Civil Veterinary Department Bihar & Orissa reports 1911-21 - 1911-1921
Year: 1911
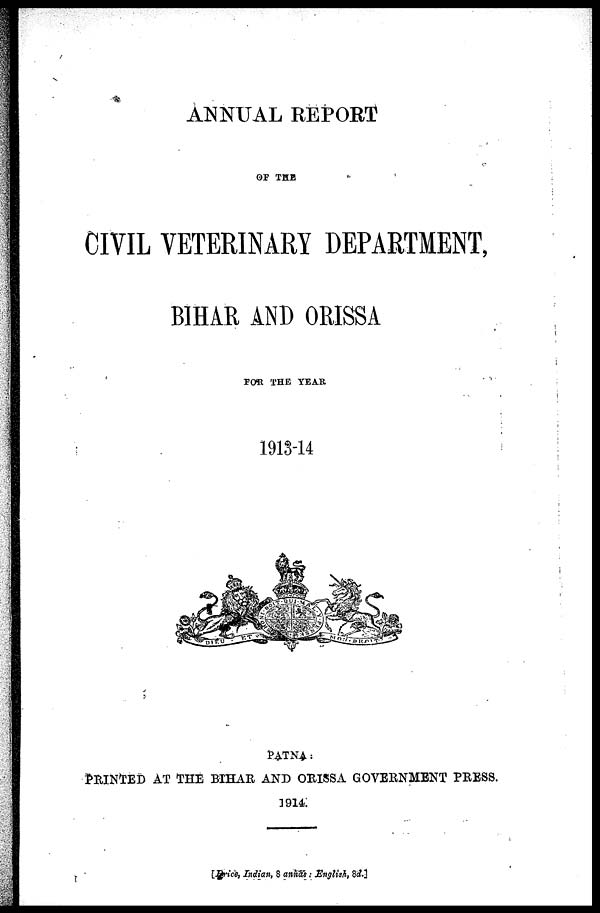
ANNUAL REPORT
OF THE
CIVIL VETERINARY DEPARTMENT,
BIHAR AND ORISSA
FOR THE YEAR
1913-14
PATNA :
PRINTED AT THE BIHAR AND ORISSA GOVERNMENT PRESS.
3914.
[Price, Indian, 8 annas ; English, 8d.]